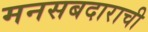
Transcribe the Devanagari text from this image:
मनसबदाराची